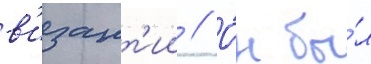
в'изант'ии // О́н бы́л